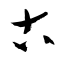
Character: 古